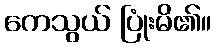
ကေသွယ် ပြုံးမိ၏။